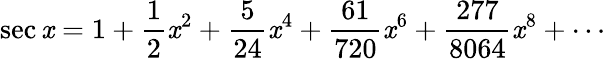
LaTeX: \sec\mathit{x}=1+{\frac{{1}}{{2}}}\mathit{x}^{2}+{\frac{{5}}{{24}}}\mathit{x}^{4}+{\frac{{61}}{{720}}}\mathit{x}^{6}+{\frac{{277}}{{8064}}}\mathit{x}^{8}+\cdots